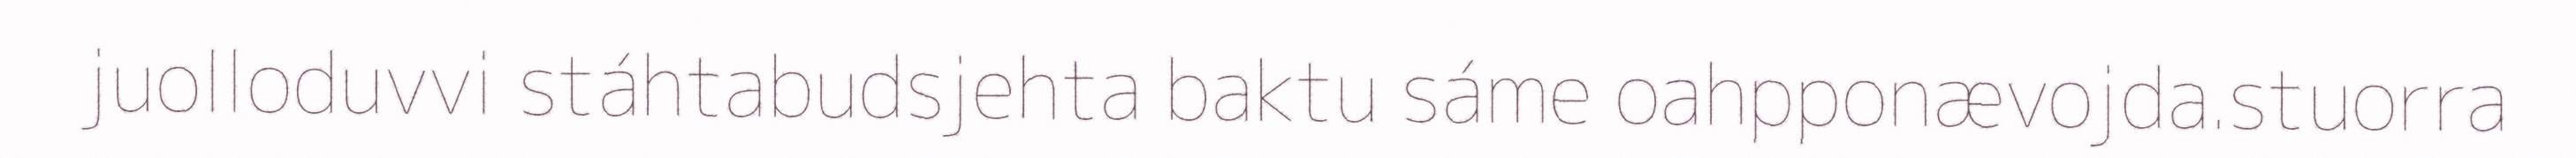
juolloduvvi stáhtabudsjehta baktu sáme oahpponævojda.stuorra